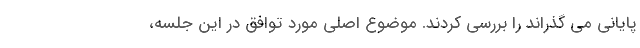
پایانی می گذراند را بررسی کردند. موضوع اصلی مورد توافق در این جلسه،